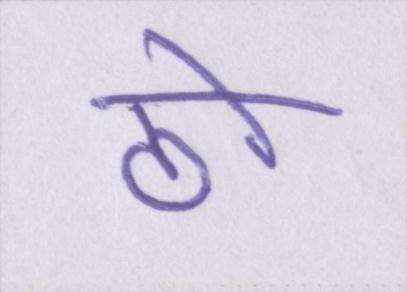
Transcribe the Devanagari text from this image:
ठो